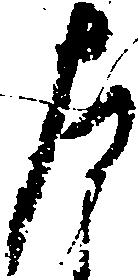
左